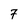
Character: 7